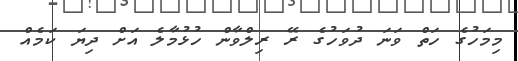
މިމަހުގެ ހަތް ވަނަ ދުވަހުގެ ރޭ ރިލްވާން ހުޅުމާލެ އަށް ދިޔަ ކަމެއް